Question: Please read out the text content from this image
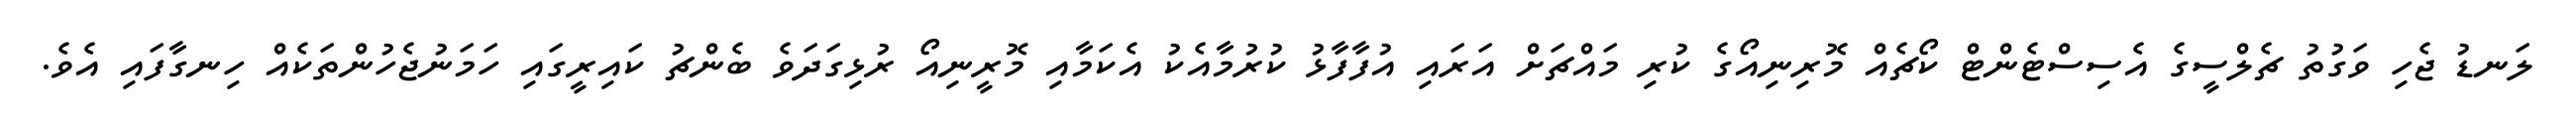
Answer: ލަނޑު ޖެހި ވަގުތު ޗެލްސީގެ އެސިސްޓެންޓް ކޯޗެއް މޮރިނިއޯގެ ކުރި މައްޗަށް އަރައި އުފާފާޅު ކުރުމާއެކު އެކަމާއި މޮރީނިއޯ ރުޅިގަދަވެ ބެންޗު ކައިރީގައި ހަމަނުޖެހުންތަކެއް ހިނގާފައި އެވެ.